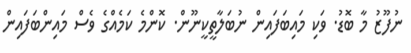
ނުފޫޒު މާ ބޮޑު. ވަކި މައިބަފައިން ނުބަލާތީކީނޫން. ކޮންމެ ކަމެއްގެ ވެސް މައިންބަފައިން